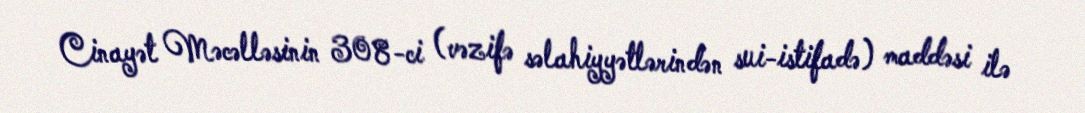
Cinayət Məcəlləsinin 308-ci (vəzifə səlahiyyətlərindən sui-istifadə) maddəsi ilə